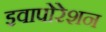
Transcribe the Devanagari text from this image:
इवापोरेशन